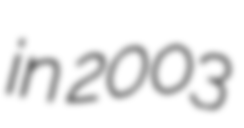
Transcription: in 2003